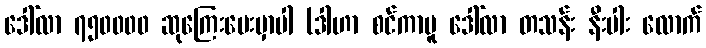
ဒေါ်လာ ၇၅၀၀၀၀ ဆုကြေးပေးမှာပါ (ဒါဟာ စင်ကာပူ ဒေါ်လာ တသန်း နီးပါး လောက်